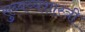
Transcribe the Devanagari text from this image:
सुब्बय्यशास्त्री